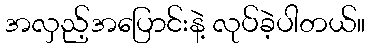
အလှည့်အပြောင်းနဲ့ လုပ်ခဲ့ပါတယ်။